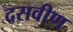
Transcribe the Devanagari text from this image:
दसवीण